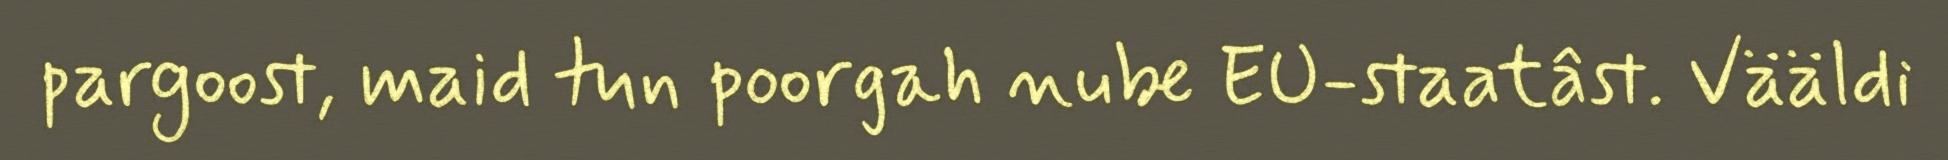
pargoost, maid tun poorgah nube EU-staatâst. Vääldi